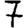
Digit: 7